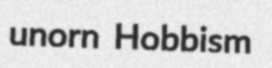
unorn Hobbism